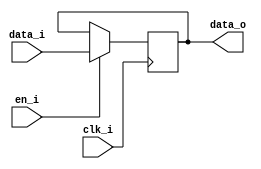
module bsg_dff_en_width_p1
(
  clk_i,
  data_i,
  en_i,
  data_o
);

  input [0:0] data_i;
  output [0:0] data_o;
  input clk_i;
  input en_i;
  wire [0:0] data_o;
  reg data_o_0_sv2v_reg;
  assign data_o[0] = data_o_0_sv2v_reg;

  always @(posedge clk_i) begin
    if(en_i) begin
      data_o_0_sv2v_reg <= data_i[0];
    end 
  end


endmodule